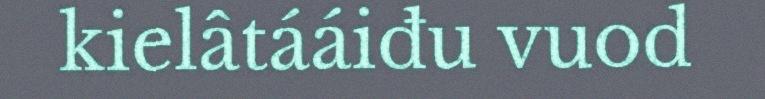
kielâtááiđu vuod